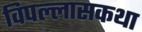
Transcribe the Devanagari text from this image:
विपल्लासकथा